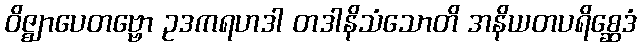
ဝိဇ္ဈာပေတဗ္ဗော ဥဒကရဟဒါ တဒါနိသံသောတိ အနိယတပရိစ္ဆေဒံ